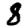
Digit: 8